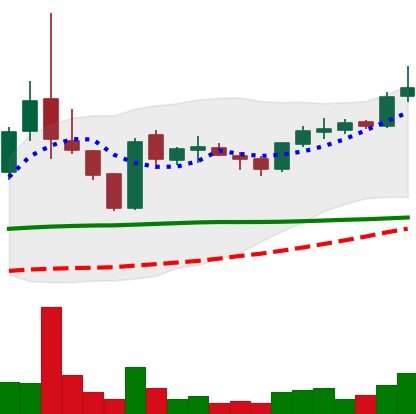
Ticker: TRX-USD
Chart end date: 2019-01-27
Forward return: -10.283%
Label: down_7plus